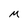
Character: M